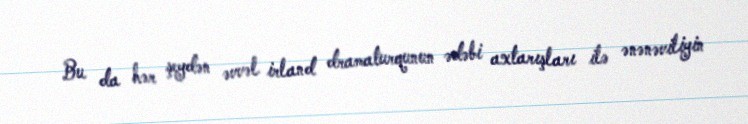
Bu da hər şeydən əvvəl irland dramaturqunun ədəbi axtarışları ilə ənənəviliyin